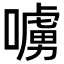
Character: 𠿛